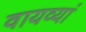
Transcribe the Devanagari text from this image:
वायव्यां